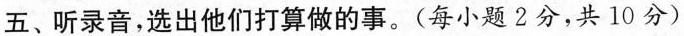
五、听录音，选出他们打算做的事。(每小题2分，共10分)